Lunatic asylums in Bengal annual reports 1888-1898 - 1888-1898
Year: 1888
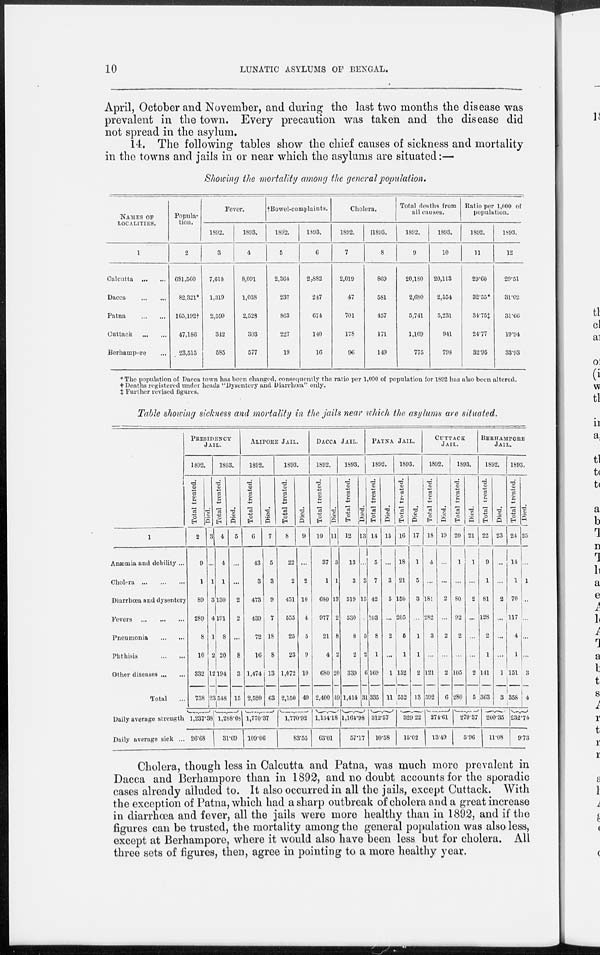
10
LUNATIC ASYLUMS OF BENGAL.
April, October and November, and during the last two months the disease was
prevalent in the town. Every precaution was taken and the disease did
not spread in the asylum.
14. The following tables show the chief causes of sickness and mortality
in the towns and jails in or near which the asylums are situated :—
Showing the mortality among the general population.
NAMES OF
LOCALITIES.
1
Calcutta
...
...
Dacca
...
...
Patna
...
...
Cuttack
...
...
Berhampore ...
Popula-
tion.
2
681,560
82,321*
165,192†
47,186
23,515
Fever.
1892.
3
7,618
1,319
2,599
342
585
1893.
4
8,091
1,038
2,528
303
577
†Bowel-complaints.
1892.
5
2,364
237
863
227
19
1893.
6
2,882
247
674
140
16
Cholera.
1892.
7
2,019
47
701
178
96
1893.
8
869
581
457
171
149
Total deaths from
all causes.
1892.
9
20,180
2,680
5,741
1,169
775
1893.
10
20,113
2,554
5,231
941
798
Ratio per 1,000 of
population.
1892.
11
29.60
32.55*
34.75‡
24.77
32.95
1893.
12
29.51
31.02
31.66
19.94
33.93
* The population of Dacca town has been changed, consequently the ratio per 1,000 of population for 1892 has also been altered.
† Deaths registered under heads "Dysentery and Diarrhœa" only.
‡ Further revised figures.
Table showing sickness and mortality in the jails near which the asylums are situated.
1
Anæmia and debility ...
Cholera
...
...
...
Diarrhœa and dysentery
Fevers
...
...
...
Pneumonia
...
...
Phthisis
...
...
Other diseases ... ...
Total ...
Daily average strength
Daily average sick ...
PRESIDENCY
JAIL.
1892.
Total treated.
2
9
1
89
289
8
10
332
738
Died.
3
...
1
3
4
1
2
12
23
1,237.38
26.68
1893.
Total treated.
4
4
1
130
191
8
20
194
548
Died.
5
...
...
2
2
...
8
3
15
1,288.08
31.69
ALIPORE JAIL.
1892.
Total treated.
6
43
3
473
439
72
16
1,474
2,520
Died.
7
5
3
9
7
18
8
13
63
1,770.37
109.06
1893.
Total treated.
8
22
2
451
555
25
23
1,072
2,150
Died.
9
...
2
10
4
5
9
10
40
1,770.92
83.55
DACCA JAIL.
1892.
Total treated.
10
37
1
680
977
21
4
680
2,400
Died.
11
3
1
13
2
8
2
20
49
1,134.18
63.01
1893.
Total treated.
12
13
3
519
530
8
2
339
1,414
Died.
13
...
3
15
5
2
6
31
1,164.98
57.17
PATNA JAIL.
1892.
Total treated.
14
5
7
42
103
8
1
169
335
Died.
15
...
3
5
...
2
...
1
11
312.57
10.58
1893.
Total treated.
16
18
21
150
205
5
1
152
552
Died.
17
1
5
3
...
1
1
2
13
329.22
15.02
CUTTACK
JAIL.
1892.
Total treated.
18
4
...
181
282
3
...
121
592
Died.
19
...
...
2
...
2
...
2
6
274.61
13.49
1893.
Total treated.
20
1
...
80
92
2
...
105
280
Died.
21
1
...
2
...
...
...
2
5
279.37
5.96
BERHAMPORE
JAIL.
1892.
Total treated.
22
9
1
81
128
2
1
141
363
Died.
23
...
...
2
...
...
...
1
3
200.35
11.08
1893.
Total treated.
24
14
1
70
117
4
1
151
358
Died.
25
...
1
...
...
...
...
3
4
232.74
9.73
Cholera, though less in Calcutta and Patna, was much more prevalent in
Dacca and Berhampore than in 1892, and no doubt accounts for the sporadic
cases already alluded to. It also occurred in all the jails, except Cuttack. With
the exception of Patna, which had a sharp outbreak of cholera and a great increase
in diarrhœa and fever, all the jails were more healthy than in 1892, and if the
figures can be trusted, the mortality among the general population was also less,
except at Berhampore, where it would also have been less but for cholera. All
three sets of figures, then, agree in pointing to a more healthy year.